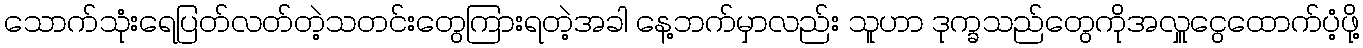
သောက်သုံးရေပြတ်လတ်တဲ့သတင်းတွေကြားရတဲ့အခါ နေ့ဘက်မှာလည်း သူဟာ ဒုက္ခသည်တွေကိုအလှူငွေထောက်ပံ့ဖို့